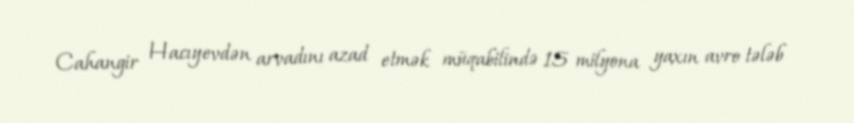
Cahangir Hacıyevdən arvadını azad etmək müqabilində 15 milyona yaxın avro tələb